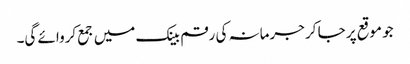
جو موقع پر جا کر جرمانہ کی رقم بینک میں جمع کروائے گی۔